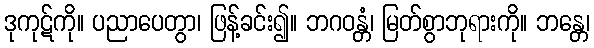
ဒုကုဋ်ကို။ ပညာပေတွာ၊ ဖြန့်ခင်း၍။ ဘဂဝန္တံ၊ မြတ်စွာဘုရားကို။ ဘန္တေ၊